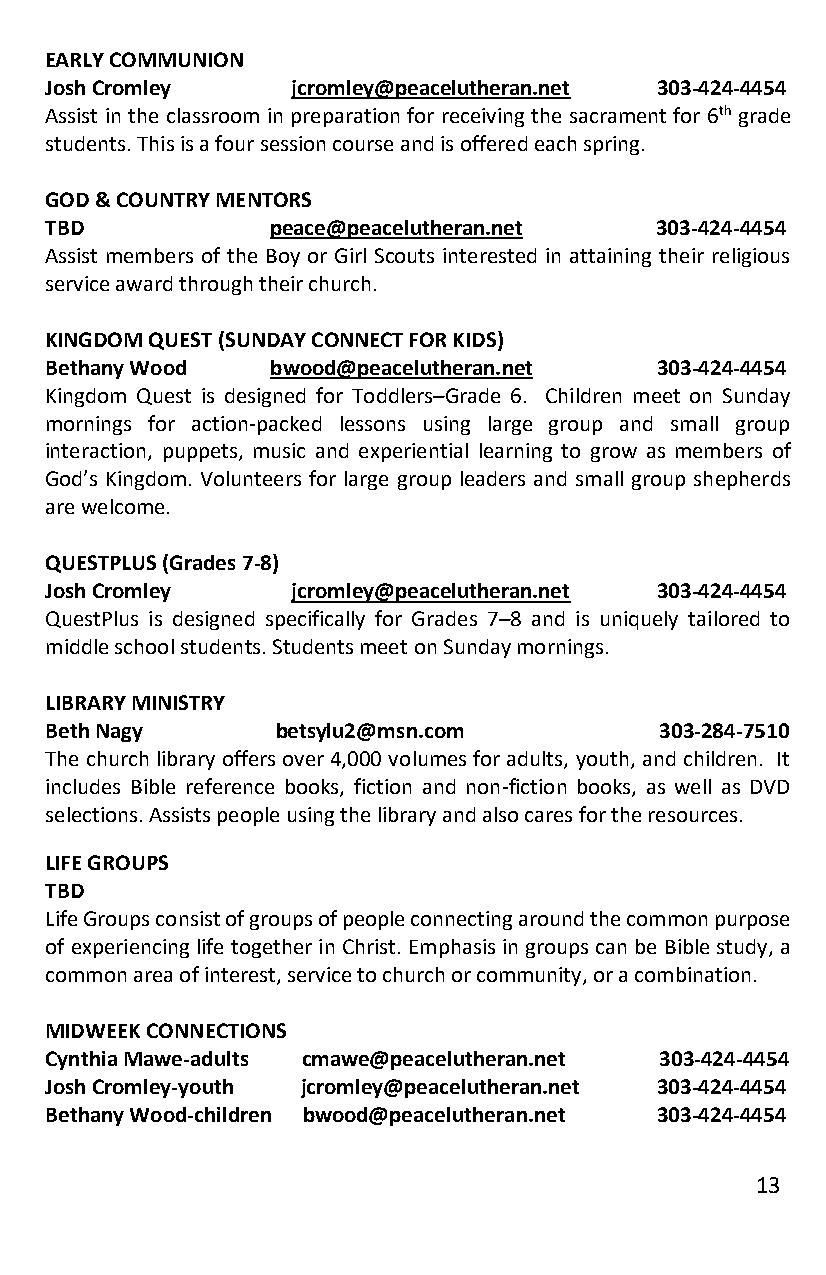
EARLY COMMUNION
 Josh Cromley    jcromley@peacelutheran.net 303-424-4454
 Assist in the classroom in preparation for receiving the sacrament for 6th grade
 students. This is a four session course and is offered each spring.
 GOD & COUNTRY MENTORS
 TBD            peace@peacelutheran.net  303-424-4454
 Assist members of the Boy or Girl Scouts interested in attaining their religious
 service award through their church.
 KINGDOM QUEST (SUNDAY CONNECT FOR KIDS)
 Bethany Wood   bwood@peacelutheran.net  303-424-4454
 Kingdom Quest is designed for Toddlers–Grade 6. Children meet on Sunday
 mornings for action-packed lessons using large group and small group
 interaction, puppets, music and experiential learning to grow as members of
 God’s Kingdom. Volunteers for large group leaders and small group shepherds
 are welcome.
 QUESTPLUS (Grades 7-8)
 Josh Cromley    jcromley@peacelutheran.net 303-424-4454
 QuestPlus is designed specifically for Grades 7–8 and is uniquely tailored to
 middle school students. Students meet on Sunday mornings.
 LIBRARY MINISTRY
 Beth Nagy      betsylu2@msn.com          303-284-7510
 The church library offers over 4,000 volumes for adults, youth, and children. It
 includes Bible reference books, fiction and non-fiction books, as well as DVD
 selections. Assists people using the library and also cares for the resources.
 LIFE GROUPS
 TBD
 Life Groups consist of groups of people connecting around the common purpose
 of experiencing life together in Christ. Emphasis in groups can be Bible study, a
 common area of interest, service to church or community, or a combination.
 MIDWEEK CONNECTIONS
 Cynthia Mawe-adults cmawe@peacelutheran.net 303-424-4454
 Josh Cromley-youth jcromley@peacelutheran.net 303-424-4454
 Bethany Wood-children bwood@peacelutheran.net 303-424-4454
 13